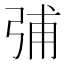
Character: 𰐗